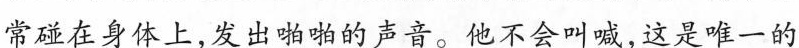
常碰在身体上，发出啪啪的声音。他不会叫喊，这是唯一的